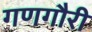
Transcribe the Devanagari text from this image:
गणगौरी